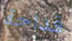
قداحة